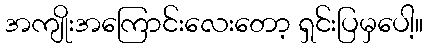
အကျိုးအကြောင်းလေးတော့ ရှင်းပြမှပေါ့။